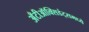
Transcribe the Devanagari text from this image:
अँटीऑक्सिडंट्समध्ये